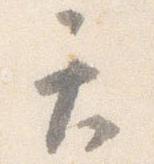
天